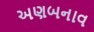
અણબનાવ